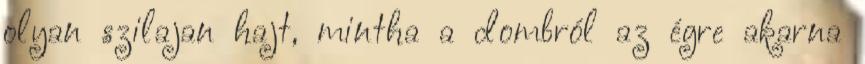
olyan szilajan hajt, mintha a dombról az égre akarna